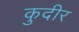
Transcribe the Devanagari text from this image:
कुदीर